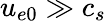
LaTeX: u_{e0}\gg c_{s}